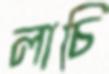
লাচি